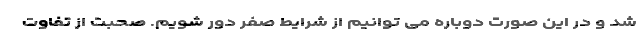
شد و در این صورت دوباره می توانیم از شرایط صفر دور شویم. صحبت از تفاوت